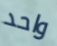
واحد